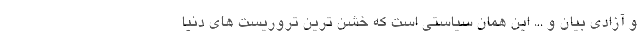
و آزادی بیان و ... این همان سیاستی است که خشن ترین تروریست های دنیا